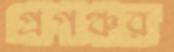
প্রপঞ্চর